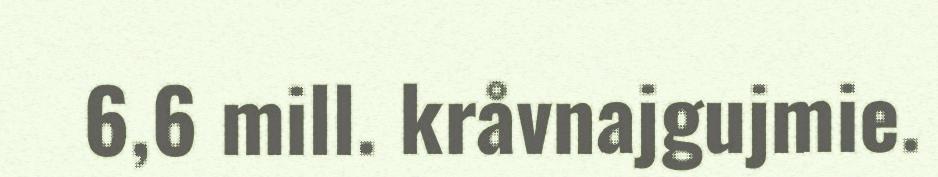
6,6 mill. kråvnajgujmie.